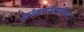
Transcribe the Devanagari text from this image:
कोकणीसाठीचा